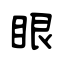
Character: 眼